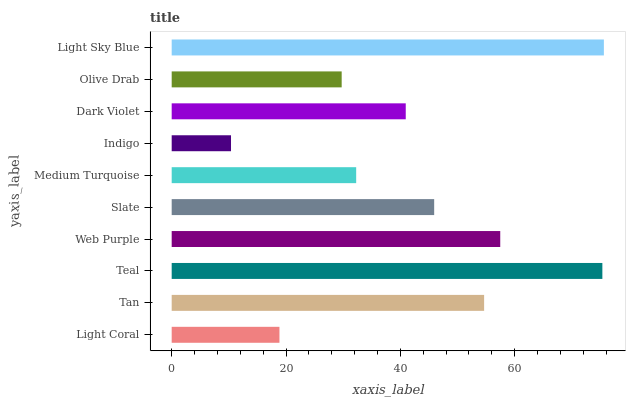
| yaxis_label | bars |
 | --- | --- |
 | Light Coral | 18.9 |
 | Tan | 54.7 |
 | Teal | 75.3 |
 | Web Purple | 57.5 |
 | Slate | 45.9 |
 | Medium Turquoise | 32.3 |
 | Indigo | 10.4 |
 | Dark Violet | 40.9 |
 | Olive Drab | 29.7 |
 | Light Sky Blue | 75.6 |